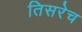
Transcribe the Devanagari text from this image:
तिसरेच